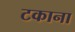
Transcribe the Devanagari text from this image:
टकाना